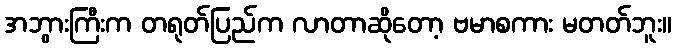
အဘွားကြီးက တရုတ်ပြည်က လာတာဆိုတော့ ဗမာစကား မတတ်ဘူး။